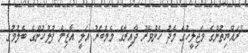
"ރައްޔިތުންގެ މަޖިލީހުގެ މެދު ހެންވޭރު ދާއިރާގެ މެމްބަރު އަލީ އާޒިމް ފުލުހުންގެ ބެލުމުގެ